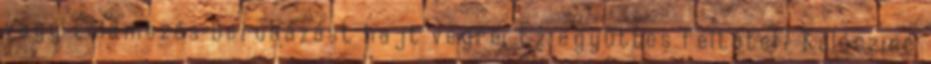
vagy zöldmezős beruházást hajt végre. Ez együttes feltétel? Kálócziné